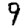
Digit: 9